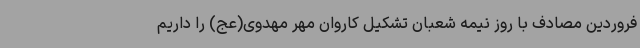
فروردین مصادف با روز نیمه شعبان تشکیل کاروان مهر مهدوی(عج) را داریم